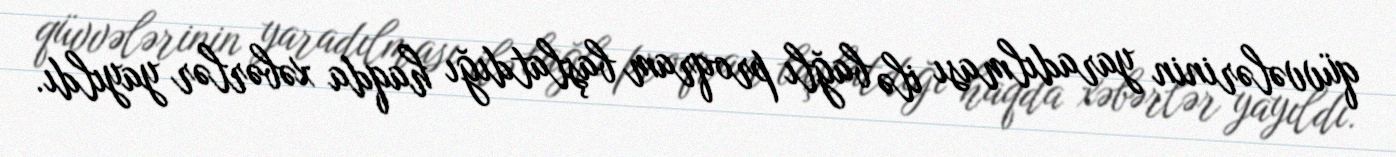
qüvvələrinin yaradılması ilə bağlı proqram başlatdığı haqda xəbərlər yayıldı.